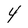
Character: Y